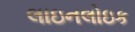
લાઇનલોઇક